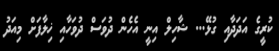
ކުރީގެ އަދަދާއި ގުޅޭ... ޝާހިލް އިނީ އެހެން ދުވަސް ދުވަހާއި ޚިލާފަށް މިއަދު